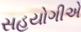
સહયોગીએ